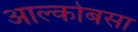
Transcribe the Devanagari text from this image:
आल्कोबसा